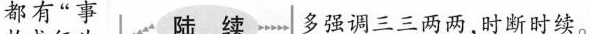
都有”事 多强调三三两两，时断时续。